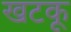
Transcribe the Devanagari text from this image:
खटकू